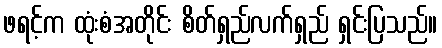
ဖရင့်က ထုံးစံအတိုင်း စိတ်ရှည်လက်ရှည် ရှင်းပြသည်။